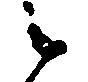
候